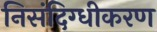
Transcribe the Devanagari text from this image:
निसंदिग्धीकरण